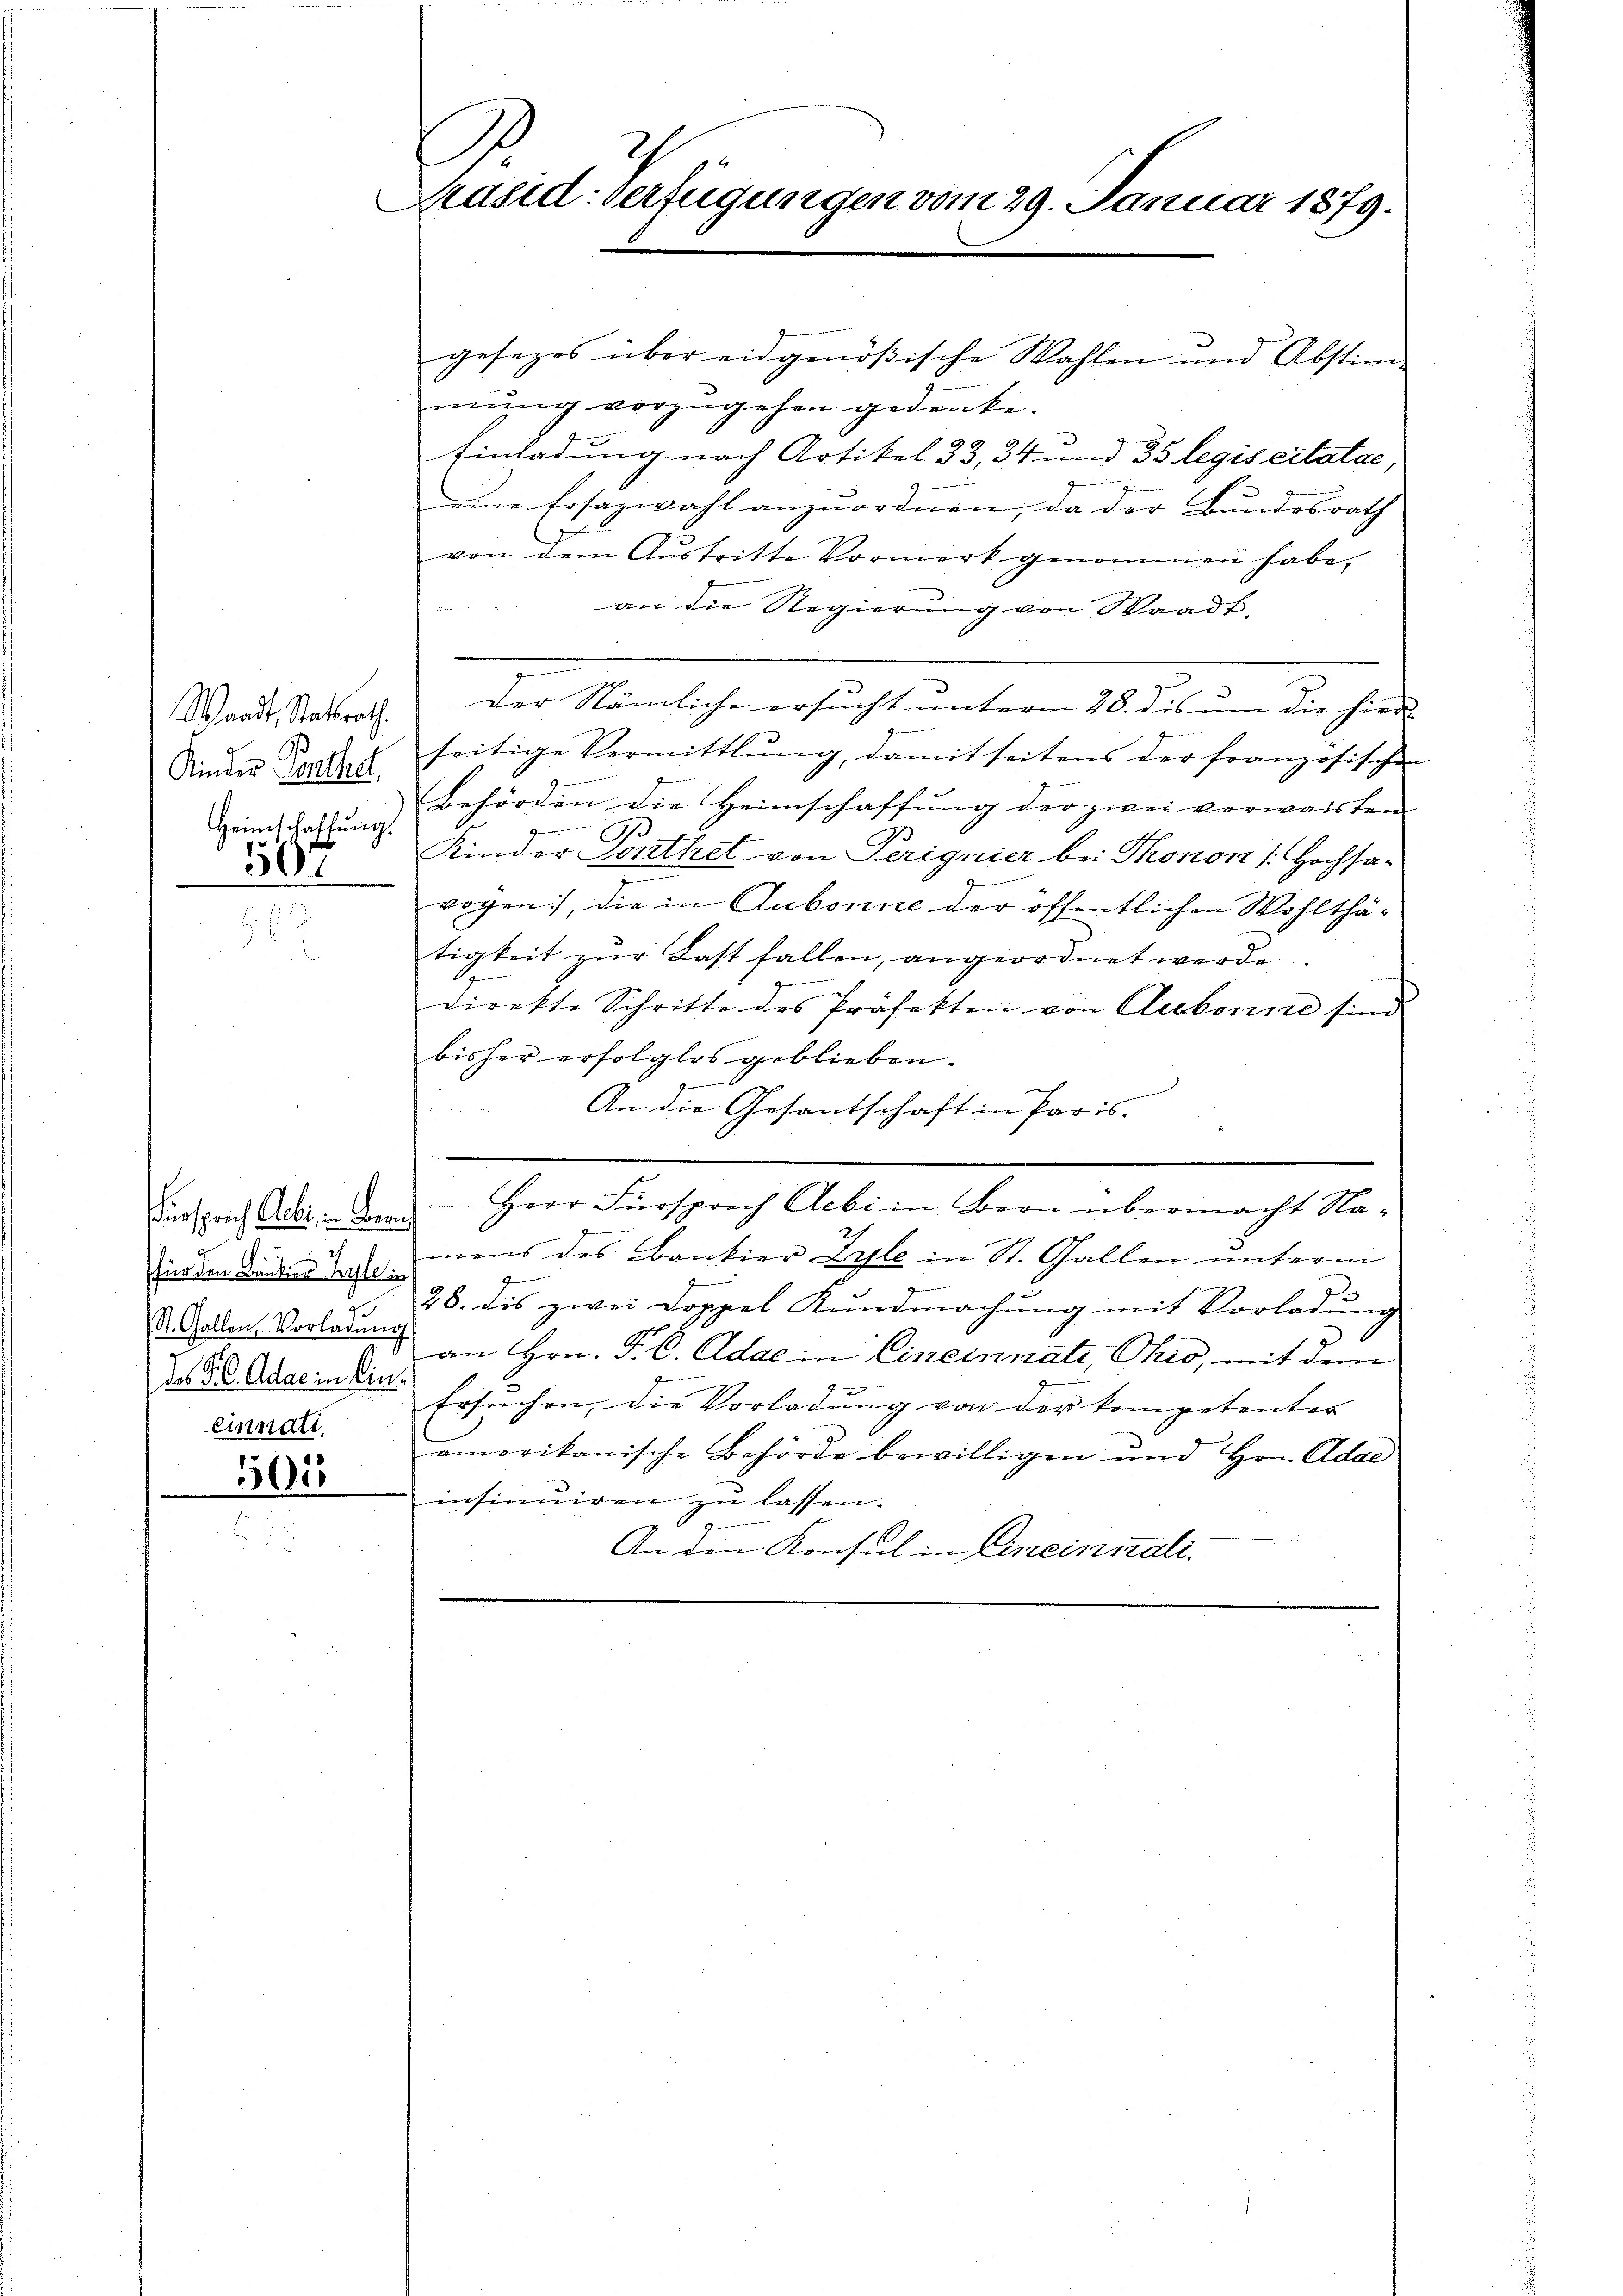
Waadt, Stadtrath.
Kinder Parthet
Heimschaffŭng.
507

ürsprich Aeber, in Bem
sfinden die
.
St. Gallen, Vorladŭng
das P. C. Adae in bin.
einnati

301

f
Präsid: verfügungen vom 29. Januar 1879.

gesezes über eidgenößische Wahlen und Abstimmung vorzugehen gedenke.
9
Einladung nach Artikel 33, 34 und 35 legis citatae,
eine Ersazwahl anzŭordnen, da der Bundesrath
von dem Austritte Vormerk genommen habe,
an die Regierung von Waadt.
Der Nämliche ersucht unterm 28. dis um die hier
seitige Vermittlung, damit seitens der französischen
nnern
Behörden die Heimschaffung der zwei vorwaisten

.
.
Kinder Conthet von Serignier bei Thonon [Hochsa-
wogen, die in Aubonne der öffentlichen Wohlthätigkeit zur Last fallen, angeordnet werde.
direkte Schritte des Präfekten von Aubonne sind
bisher erfolglos geblieben.
An die Gesantschaft in Paris-
e
Herr Fürsprach Aebi in Bern übermacht Namens des Bankier Zyle in St. Gallen unterm
28. dis zwei Doppel Kundmachung mit Vorladung
d
an Hrn. P. C. Adae in Cineinnati, Ohio, mit dem
Ersrechen, die Vorladung von der kompetenter
amerikanische Behörde bewilligen und Hrn. Adae
insinuiren zu lassen.
An den Konsul in Aneinnate.